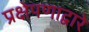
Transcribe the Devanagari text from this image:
प्रक्षेपणाद्वारे